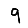
Digit: 9